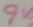
Text: 9V